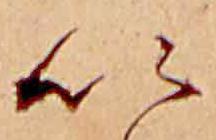
い